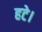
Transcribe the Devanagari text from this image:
हटे।